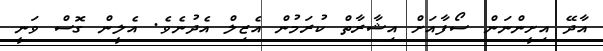
އާދޭ އިށީންނަން ސޯފާއަށް އިޝާރާތް ކުރަމުން އެޒިލް އެދުނެވެ. އެލީން ގޮސް ވަނީ